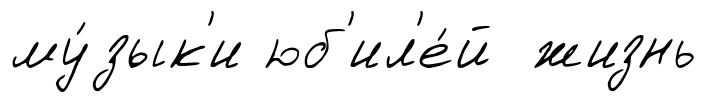
му́зык'и юб'ил'е́й жизнь